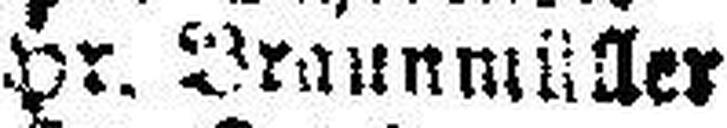
Hr. Braunmüller